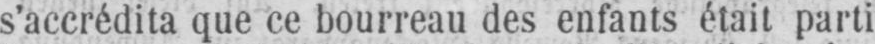
s’accrédita que ce bourreau des enfants était parti